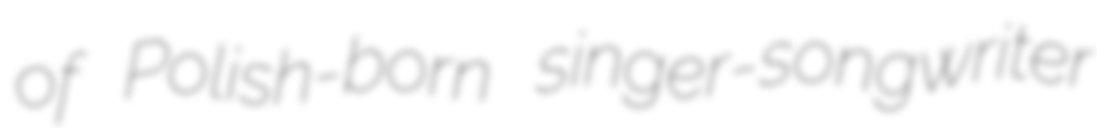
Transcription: of Polish-born singer-songwriter